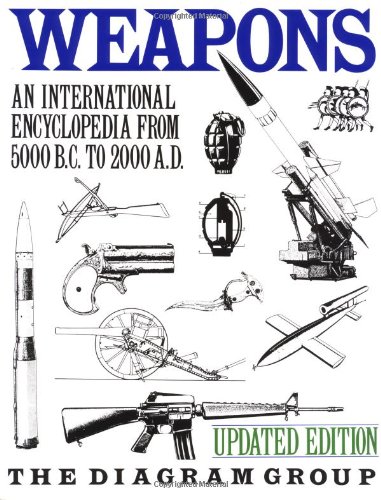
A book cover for Weapons: An International Encyclopedia From 5000 B.C. to 2000 A.D.; Diagram Group; Reference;